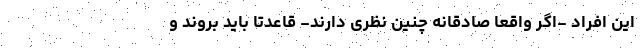
این افراد -اگر واقعا صادقانه چنین نظری دارند- قاعدتا باید بروند و